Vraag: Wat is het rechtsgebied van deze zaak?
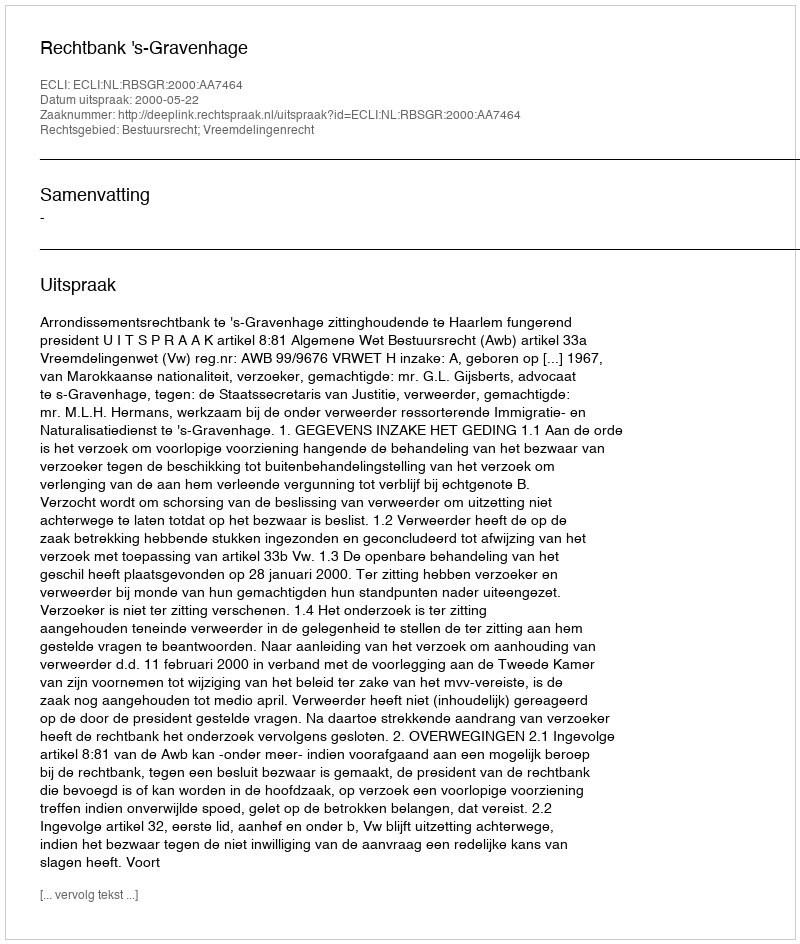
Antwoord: Bestuursrecht; Vreemdelingenrecht